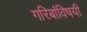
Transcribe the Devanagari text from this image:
गरिबांविषयी